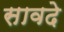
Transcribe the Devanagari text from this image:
सावदे